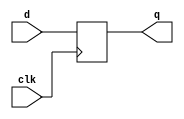
module top_module (
    input clk,
    input [7:0] d,
    output [7:0] q
);

always @(posedge clk) begin
q <= d;
end

endmodule